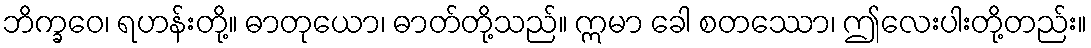
ဘိက္ခဝေ၊ ရဟန်းတို့။ ဓာတုယော၊ ဓာတ်တို့သည်။ ဣမာ ခေါ စတဿော၊ ဤလေးပါးတို့တည်း။